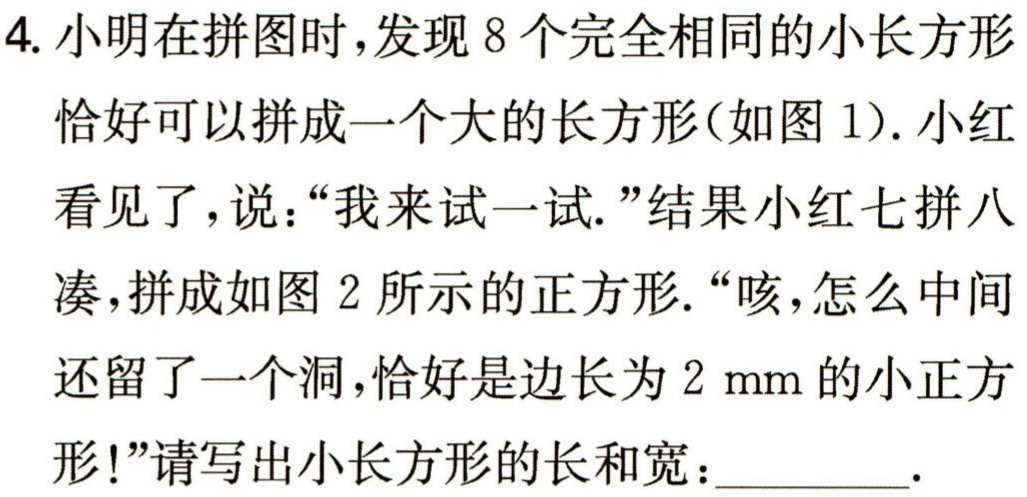
4. 小明在拼图时，发现 8 个完全相同的小长方形
恰好可以拼成一个大的长方形(如图 1). 小红
看见了，说：“我来试一试.”结果小红七拼八
凑，拼成如图 2 所示的正方形.“咳，怎么中间
还留了一个洞，恰好是边长为 \(2\mathrm{mm}\) 的小正方
形!”请写出小长方形的长和宽：_________.